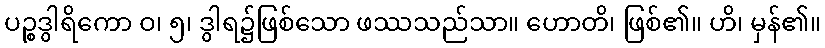
ပဉ္စဒွါရိကော ဝ၊ ၅၊ ဒွါရ၌ဖြစ်သော ဖဿသည်သာ။ ဟောတိ၊ ဖြစ်၏။ ဟိ၊ မှန်၏။